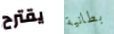
يقترح بطانية